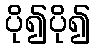
ပို၍ပို၍